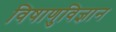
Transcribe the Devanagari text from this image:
विषाणुविज्ञान